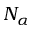
N _ { \alpha }